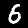
Digit: 6